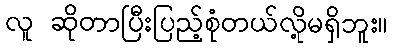
လူ ဆိုတာပြီးပြည့်စုံတယ်လို့မရှိဘူး။